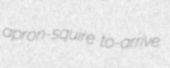
apron-squire to-arrive